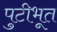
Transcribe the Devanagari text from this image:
पुटीभूत